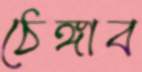
ঠেঙ্গাব